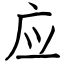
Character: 应